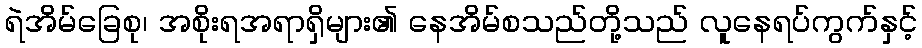
ရဲအိမ်ခြေစု၊ အစိုးရအရာရှိများ၏ နေအိမ်စသည်တို့သည် လူနေရပ်ကွက်နှင့်